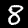
Label: 8